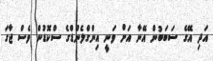
އަދި އޭގެ ސަބަބުން އޭނާ އަށް ވަނީ އިންގްލެންޑްގެ ސްކޮޑުން ވެސް ޖާގަ